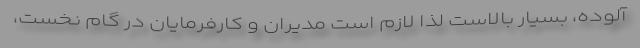
آلوده، بسیار بالاست لذا لازم است مدیران و کارفرمایان در گام نخست،